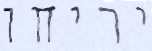
יריחו